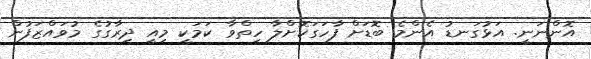
އޮންނަނީ. އަޅުގަނޑު އެންމެ ބޮޑަށް ފާހަގަކޮށްލާ ހިތްވާ ކަމަކީ މިއީ ދިރާގުގެ މުވައްޒަފުން